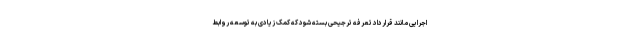
اجرایی مانند قرارداد تعرفه ترجیحی بسته شود که کمک زیادی به توسعه روابط